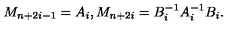
M _ { n + 2 i - 1 } = A _ { i } , M _ { n + 2 i } = B _ { i } ^ { - 1 } A _ { i } ^ { - 1 } B _ { i } .